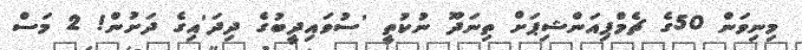
މިނިވަން 50ގެ ޗެމްޕިއަންޝިޕަށް ތިނަދޫ ނުކުތީ 'ސުވައިދީބުގެ ދިދަ'އިގެ ދަށުން! 2 މަސް